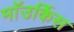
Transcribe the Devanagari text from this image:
माॅउर्किस